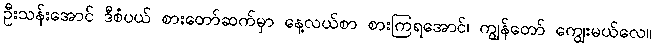
ဦးသန်းအောင် ဒီစံပယ် စားတော်ဆက်မှာ နေ့လယ်စာ စားကြရအောင်၊ ကျွန်တော် ကျွေးမယ်လေ။